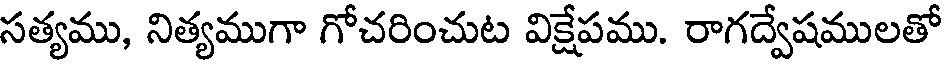
సత్యము, నిత్యముగా గోచరించుట విక్షేపము. రాగద్వేషములతో